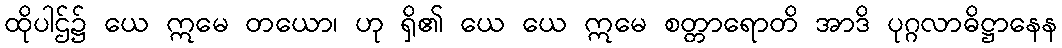
ထိုပါဌ်၌ ယေ ဣမေ တယော၊ ဟု ရှိ၏ ယေ ယေ ဣမေ စတ္တာရောတိ အာဒိ ပုဂ္ဂလာဓိဋ္ဌာနေန